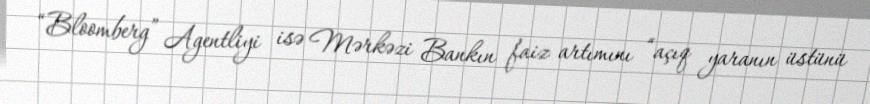
“Bloomberg” Agentliyi isə Mərkəzi Bankın faiz artımını “açıq yaranın üstünü